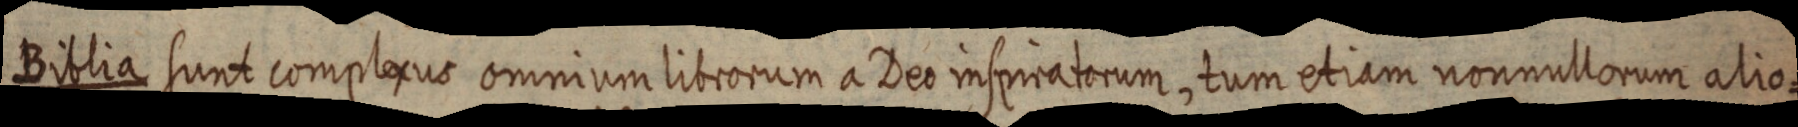
Biblia sunt complexus omnium librorum a Deo inspiratorum, tum etiam nonnullorum alio